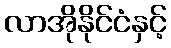
လာအိုနိုင်ငံနှင့်